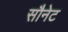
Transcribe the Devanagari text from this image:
सौनेट